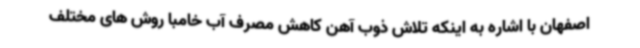
اصفهان با اشاره به اینکه تلاش ذوب آهن کاهش مصرف آب خامبا روش های مختلف